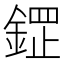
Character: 𮢟